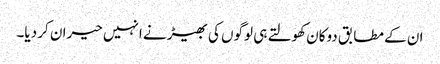
ان کے مطابق دوکان کھولتے ہی لوگوں کی بھیڑ نے انہیں حیران کر دیا۔